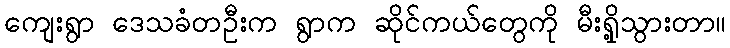
ကျေးရွာ ဒေသခံတဦးက ရွာက ဆိုင်ကယ်တွေကို မီးရှို့သွားတာ။